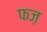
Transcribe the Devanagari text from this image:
फज़